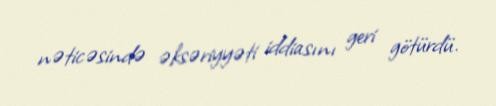
nəticəsində əksəriyyəti iddiasını geri götürdü.